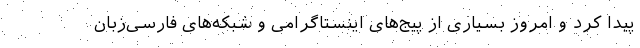
پیدا کرد و امروز بسیاری از پیج‌های اینستاگرامی و شبکه‌های فارسی‌زبان